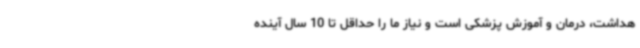
هداشت، درمان و آموزش پزشکی است و نیاز ما را حداقل تا 10 سال آینده